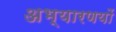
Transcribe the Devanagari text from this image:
अभ्यारणयों